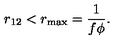
r _ { 1 2 } < r _ { \mathrm { m a x } } = \frac { 1 } { f \phi } .